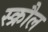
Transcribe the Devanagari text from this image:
स्क्रौल